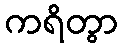
ကရိတွာ